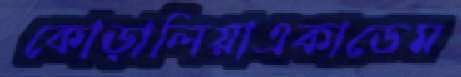
কোড়ালিয়াএকাডেম